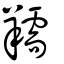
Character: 羺